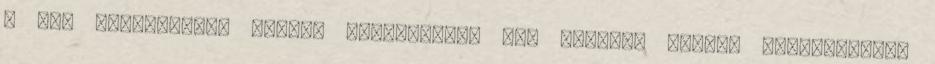
a mai rendszerben szinte mindenkinek jut valami, amihez ragaszkodik.